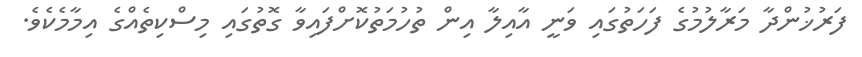
ފަރުޚުންދާ މަރާލުމުގެ ފަހަތުގައި ވަނީ އާއިލާ އިން ތުހުމަތުކޮށްފައިވާ ގޮތުގައި މިސްކިތެއްގެ އިމާމެކެވެ.